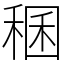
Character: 稛